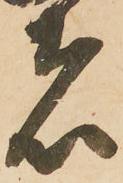
者